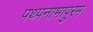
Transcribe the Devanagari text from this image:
पथ्पनाभापुरम